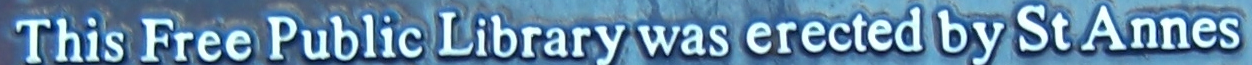
This Free Public Library was erected by St Annes